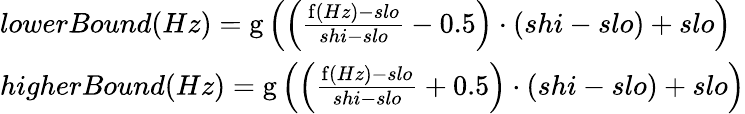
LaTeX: \begin{array}{lcl}{lowerBound(Hz)=\operatorname{g}\left(\left({\frac{\operatorname{f}(Hz)-slo}{shi-slo}}-0.5\right)\cdot\left(shi-slo\right)+slo\right)}\\ {higherBound(Hz)=\operatorname{g}\left(\left({\frac{\operatorname{f}(Hz)-slo}{shi-slo}}+0.5\right)\cdot\left(shi-slo\right)+slo\right)}\end{array}